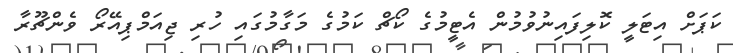
ކަޕަށް އިޓަލީ ކޮލިފައިނުވުމުން އެޓީމުގެ ކޯޗް ކަމުގެ މަގާމުގައި ހުރި ޖިއަމްޕިއޭރޯ ވެންޗޫރާ